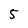
Character: 5